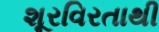
શૂરવિરતાથી